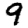
Digit: 9